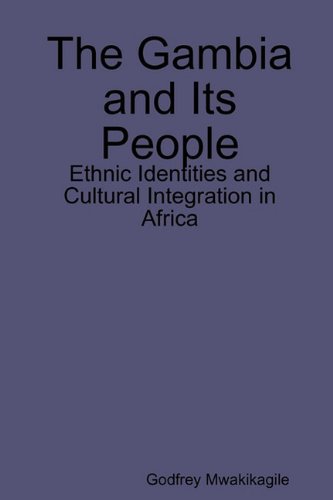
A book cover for The Gambia and Its People: Ethnic Identities and Cultural Integration in Africa; Godfrey Mwakikagile; Travel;